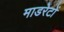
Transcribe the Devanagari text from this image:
माडरेटों